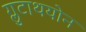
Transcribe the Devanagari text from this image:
ग्लुटाथयोन